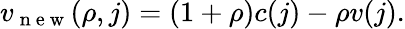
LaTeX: v_{\mathrm{~n~e~w~}}(\rho,j)=(1+\rho)c(j)-\rho v(j).